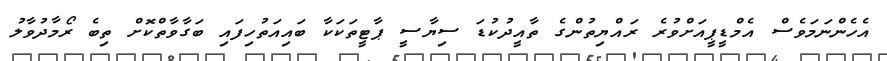
އެހެންނަމަވެސް އެމްޑީޕީއަށްވުރެ ރައްޔިތުންގެ ތާއީދުކުޑަ ސިޔާސީ ޕާޓީތަކަކާ ބައިއަތުހިފައި ބަގާވާތްކޮށް ތިބެ ރޯމާދުވާލު